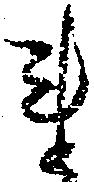
れ